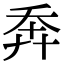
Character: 𢍃